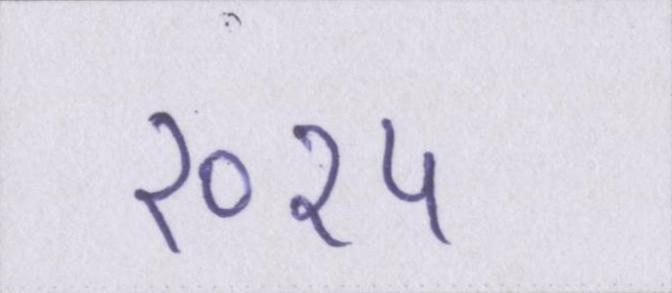
२०१५